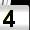
Digit: 4